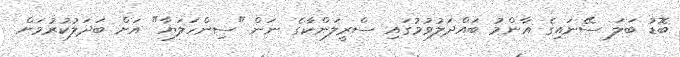
ބޮޑު ބަލަ ސޭނައިގެ އާންމު ބައްދަލުވުމުގައި ސްރީލަންކާގެ ނަން "ސިންހަލަޔާ" އަށް ބަދަލުކުރުމަށް